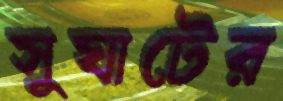
সুঘাটের